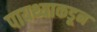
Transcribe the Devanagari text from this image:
पायथ्याकडून